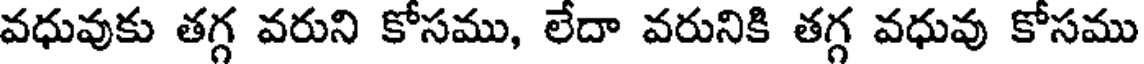
వధువుకు తగ్గ వరుని కోసము, లేదా వరునికి తగ్గ వధువు కోసము